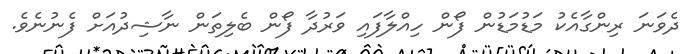
ދެވަނަ ރިންގާއެކު މަޑުމަޑުން ފޯން ހިއްލާފައި ވަރުދާ ފޯން ބެލިތަން ނާޝިދުއަށް ފެނުނެވެ.